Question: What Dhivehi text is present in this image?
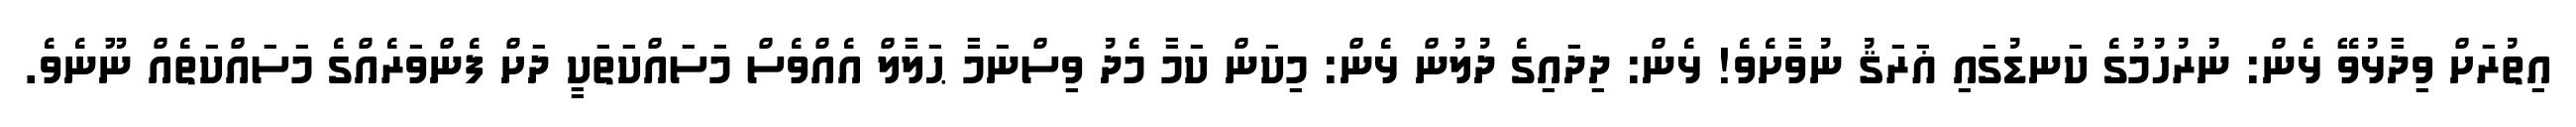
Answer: އިތުރަށް ވިދާޅުވޭ ޅެން: ނުރުހުމުގެ ކަނޑުގައި ޣަރަޤު ނުވާށެވެ! ޅެން: ދިދައިގެ ދުލުން ޅެން: މިކަން ކަމާ މެދު ވިސްނަމާ ޙަލާލް އެއްވެސް މަސައްކަތަކީ ދަށް ފެންވަރެއްގެ މަސައްކަތެއް ނޫނެވެ.